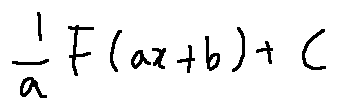
\frac { 1 } { a } F ( a x + b ) + C